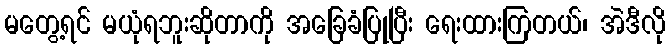
မတွေ့ရင် မယုံရဘူးဆိုတာကို အခြေခံပြုပြီး ရေးထားကြတယ်၊ အဲဒီလို